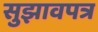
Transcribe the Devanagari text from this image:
सुझावपत्र